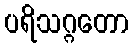
ပရိသဂ္ဂတော